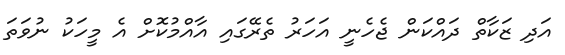
އަދި ޒަކާތް ދައްކަން ޖެހެނީ އަހަރު ތެރޭގައި އާއްމުކޮށް އެ މީހަކު ނުވަތަ